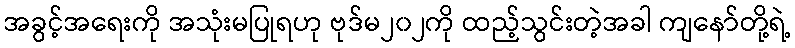
အခွင့်အရေးကို အသုံးမပြုရဟု ဗုဒ်မ၂၀၂ကို ထည့်သွင်းတဲ့အခါ ကျနော်တို့ရဲ့